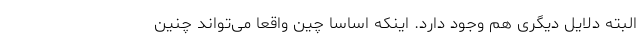
البته دلایل دیگری هم وجود دارد. اینکه اساسا چین واقعا می‌تواند چنین